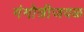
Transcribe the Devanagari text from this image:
गंगोत्रीजवळ